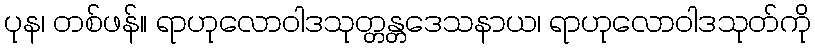
ပုန၊ တစ်ဖန်။ ရာဟုလောဝါဒသုတ္တန္တဒေသနာယ၊ ရာဟုလောဝါဒသုတ်ကို